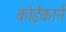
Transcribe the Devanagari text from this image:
कोईकार्न